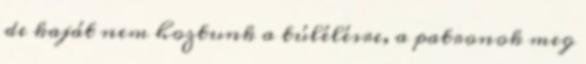
de kaját nem hoztunk a túlélésre, a patronok meg